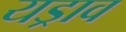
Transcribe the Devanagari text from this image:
यड्राव